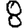
Digit: 8